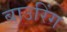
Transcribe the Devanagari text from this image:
बाउरिंग